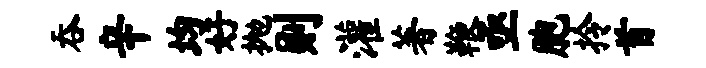
吞辛均好抛则灌著鞭亟胞拎首